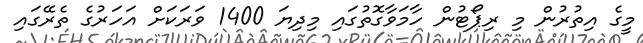
މީގެ އިތުރުން މި ރިޕޯޓުން ހާމަވާގޮތުގައި މިދިޔަ 1400 ވަރަކަށް އަހަރުގެ ތެރޭގައި